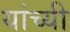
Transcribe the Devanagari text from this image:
यांच्यी